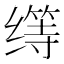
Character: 𱺬